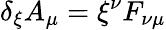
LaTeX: \delta_{\xi}A_{\mu}=\xi^{\nu}F_{\nu\mu}